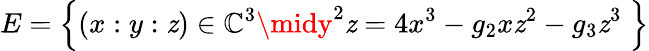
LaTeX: E=\left\{ (x:y:\mathit{z})\in\mathbb{{C}}^{3}\midy^{2}\mathit{z}=4x^{3}-g_{2}x\mathit{z}^{2}-g_{3}\mathit{z}^{3}\; \right\}